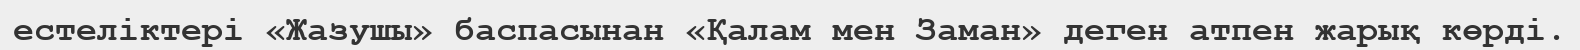
естеліктері «Жазушы» баспасынан «Қалам мен Заман» деген атпен жарық көрді.